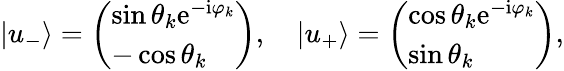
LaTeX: |u_{-}\rangle=\left(\begin{array}{l}{\sin\theta_{k}\mathrm{e}^{-\mathrm{i}\varphi_{k}}}\\ {-\cos\theta_{k}}\end{array}\right),\quad|u_{+}\rangle=\left(\begin{array}{l}{\cos\theta_{k}\mathrm{e}^{-\mathrm{i}\varphi_{k}}}\\ {\sin\theta_{k}}\end{array}\right),